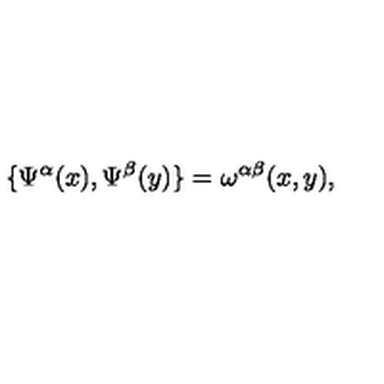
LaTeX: \{ \Psi ^ { \alpha } ( x ) , \Psi ^ { \beta } ( y ) \} = \omega ^ { \alpha \beta } ( x , y ) ,